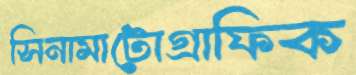
সিনামাটোগ্রাফিক